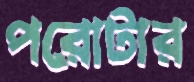
পরোটার